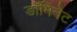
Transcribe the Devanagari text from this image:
डॉमिनेट